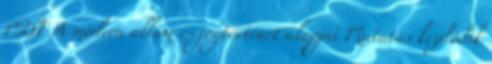
PDF A modern állam és jogtörténet alapjai Mutatás kezdődik